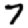
Digit: 7